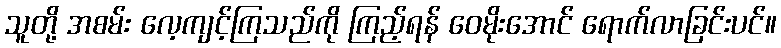
သူတို့ အစမ်း လေ့ကျင့်ကြသည်ကို ကြည့်ရန် ဝေမိုးအောင် ရောက်လာခြင်းပင်။